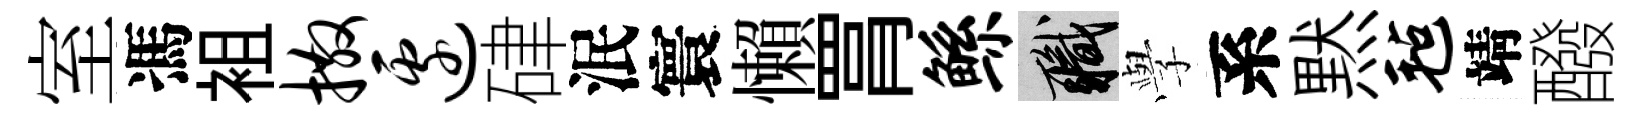
室馮袓撒边硉泯寰懶罥鲧職𫝯系黙毡靖醱